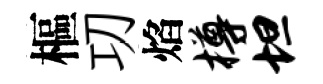
樞㓛焰樽坦